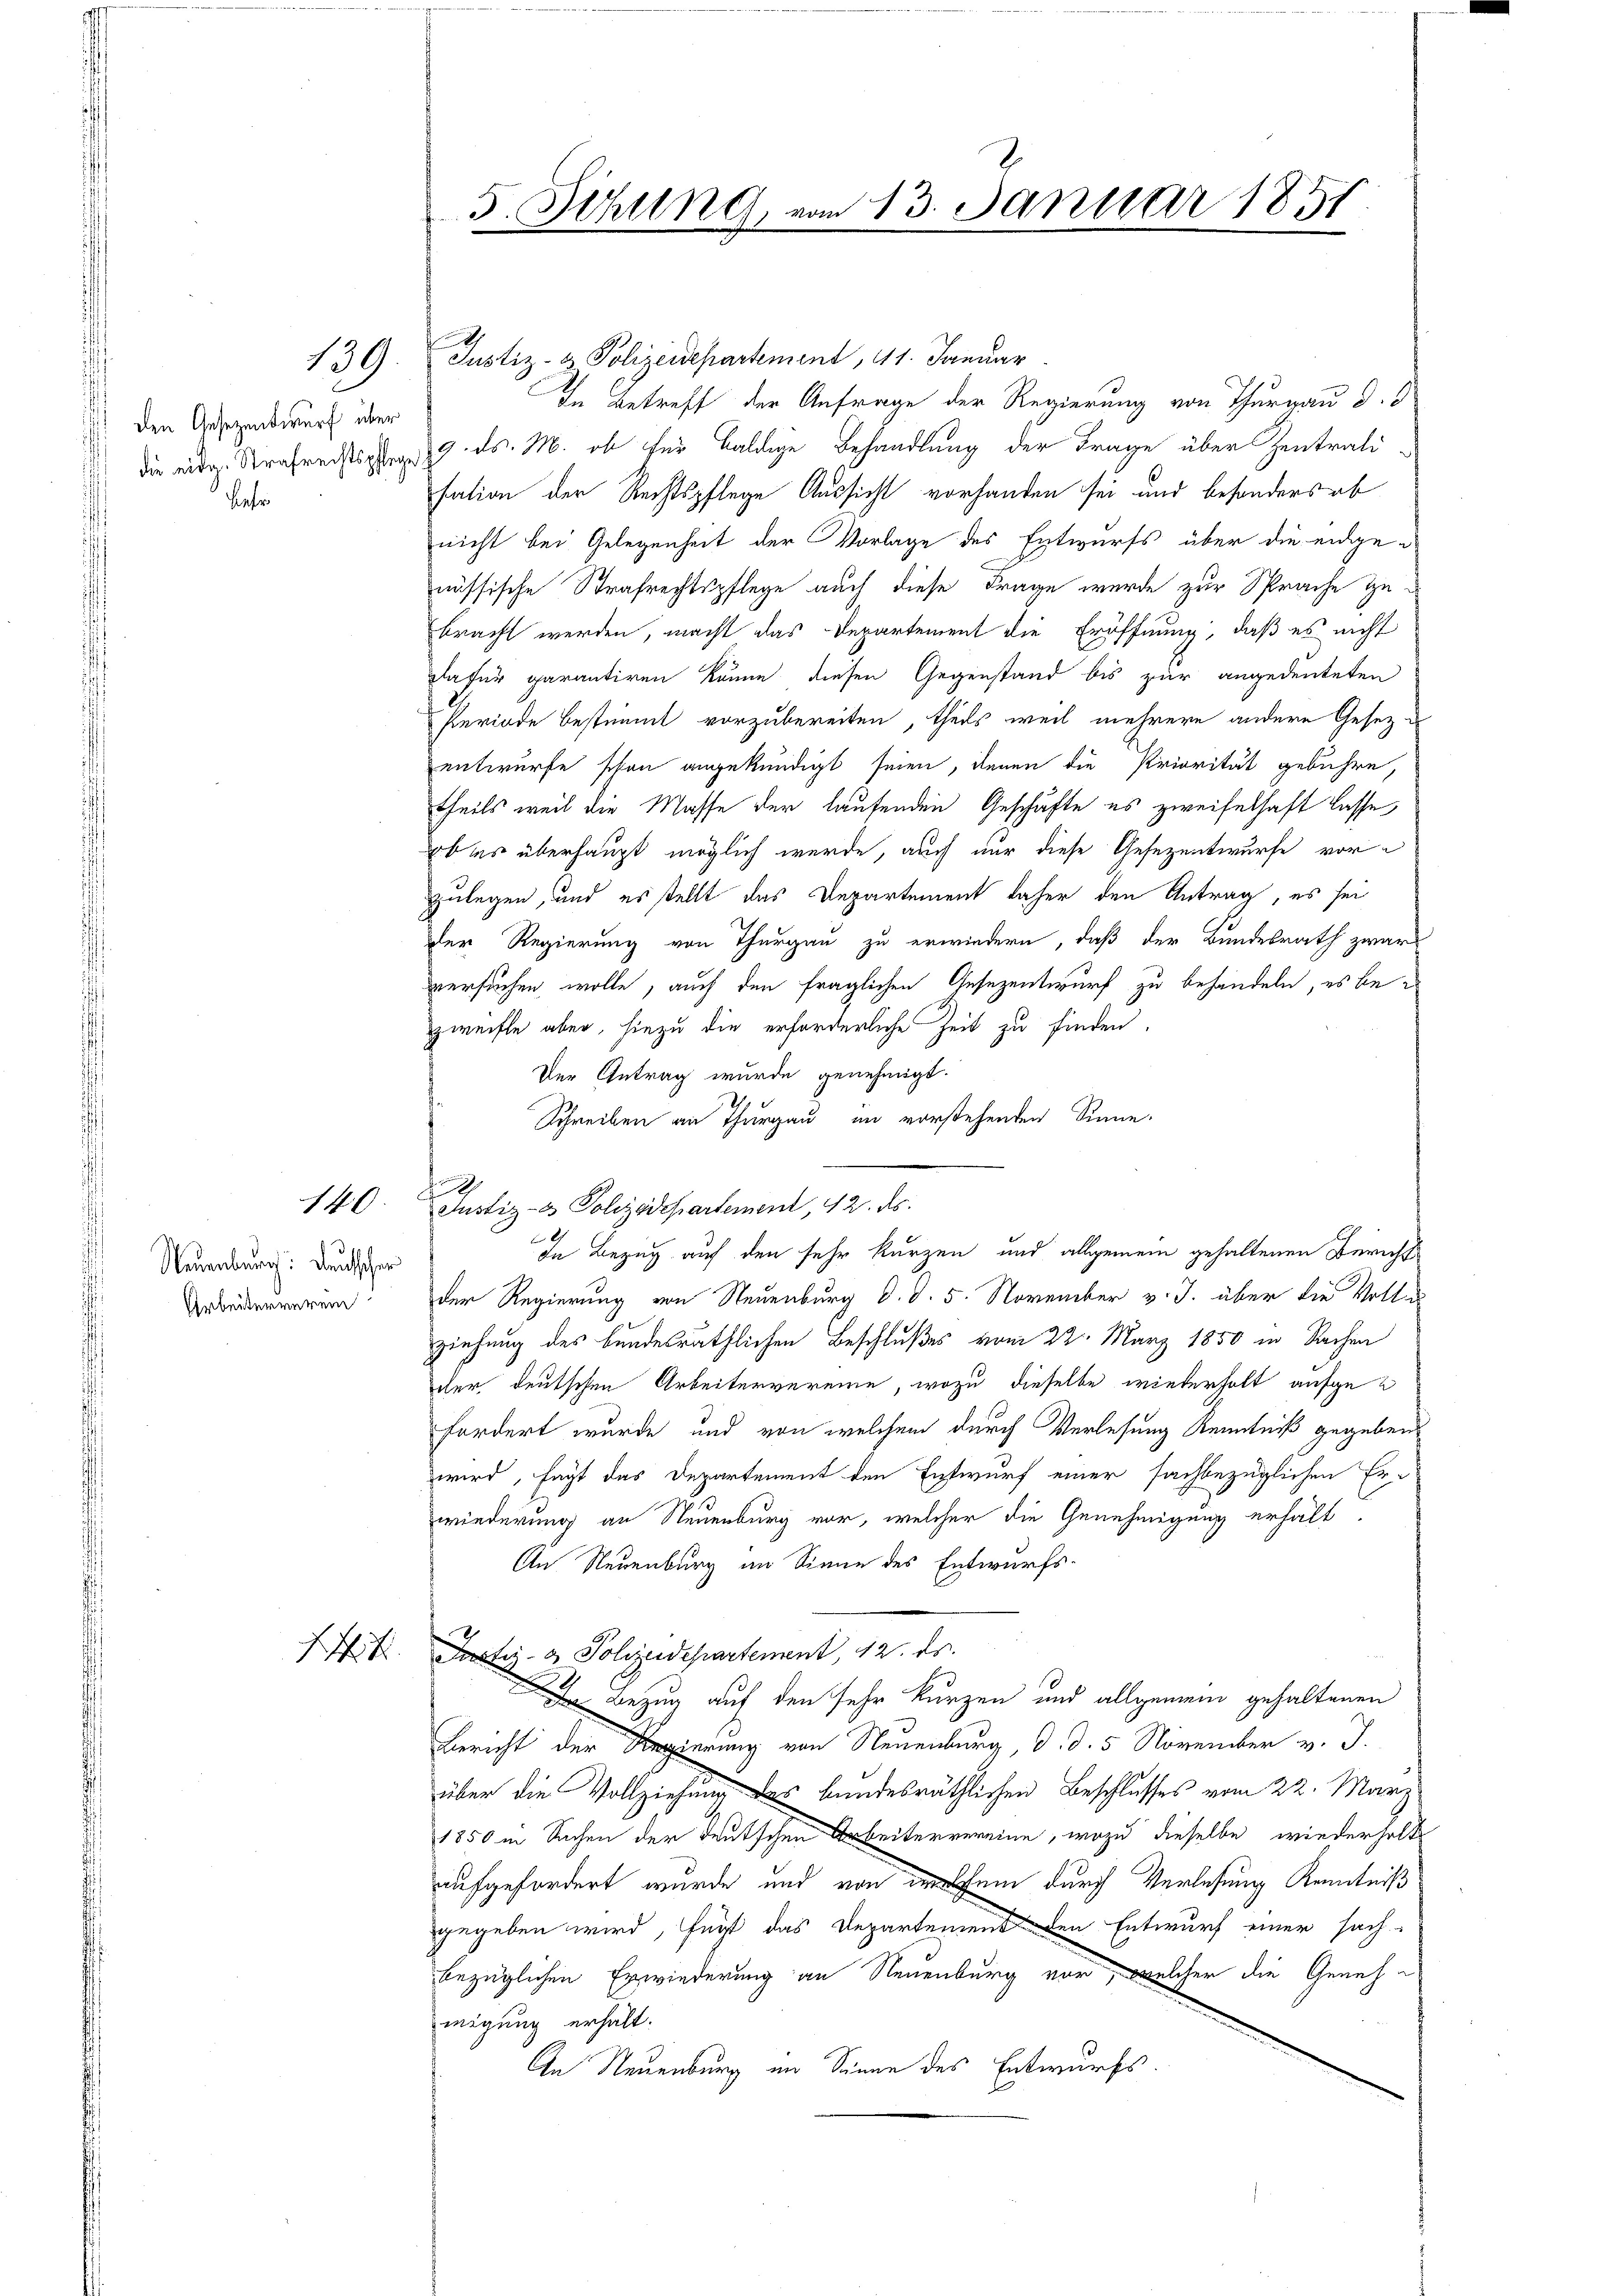
139

den Gesezentwurf über
Behr
¬

140

Neuenburg: Deutscher
Arbeiterverein

5. Sitzung, vom 13. Januar 1851

A

Justiz- & Polizeidepartement, 11. Januar
In Betreff der Anfrage der Regierung von Thurgau d.
die eidg. Strafrechtsg. ds. M. ob für baldige Behandlung der Frage über Zentrati
sation der Rechtspflege Aussicht vorhanden sei und besonders ab
nicht bei Gelegenheit der Vorlage des Entwurfs über die eidgenössische Strafrechtspflege auch diese Frage wurde zur Sprache Zubracht werden, macht das Departement die Eröffnung, daß es nicht
Dafür garantiren könne diesen Gegenstand bis zur angedeuteten
Periode bestimmt vorzubereiten, theils weil mehrere andere Gesetz-
entwurfe schon angekündigt seien, denen die Priorität gebühre,
theils weil die Masse der laufenden Geschäfte es zweifelhaft lasse,
btes überhaupt möglich werde, auch nur diese Gesezentwurfe vorzulegen, und es stellt das Departement daher den Antrag, es sei
der Regierung von Thurgau zu erwiedern, daß der Bundesrath zwar
versuchen wolle, auch den fraglichen Gesezentwurf zu behandeln, es bezweifle aber, hiezu die erforderliche Zeit zu finden,
Der Antrag wurde genehmigt.
Schreiben an Thurgau im vorstehenden Sinne.
Justiz- & Polizdepartement, 42. ds.
G
In Bezug auf den sehr kurzen und allgemein gehaltenen Bericht
der Regierung von Neuenburg d. d. 5. November v. J. über die Volle
ziehung des bundesräthlichen Beschlußes vom 22. März 1850 in Sachen
der deutschen Arbeitervereine, wozu dieselbe wiederholt aufgefordert wurde und von welchem durch Verlesung Kenntniß gegeben
wird, fügt das Departement den Entwurf einer sachbezüglichen Erwiederung an Neuenburg vor, welcher die Genehmigung erhält
An Neuenburg im Sinne des Entwurfs¬
14t Justiz- & Polyedepartement, 12. ds.
 Bezug auf den sehr kurzen und allgemein gehaltenen
Bericht der Regierung von Neuenburg, d. d. 5. November v. J.
über die Vollziehung des bundesräthlichen Beschlusses vom 22. März
1850 in Sachen der Deutschen Arbeitervereine, wozu dieselbe wiederholt
aufgefordert wurde und von dem durch Verlesung Kenntniß
gegeben wird, fürst das Departemens den Entwurf einer sach
bezüglichen Erwiederung an Neuenburg vor, welcher die Genehmigung erhält.
An Neuenburg im Sinne des Entwurfs.